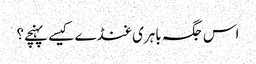
اس جگہ باہری غنڈے کیسے پہنچے؟